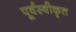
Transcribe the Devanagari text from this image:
पूर्वस्वीकृत